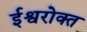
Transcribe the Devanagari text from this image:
ईश्वरोक्त